Vaccine operations Central Provinces 1886-1899 - 1886-1899
Year: 1886
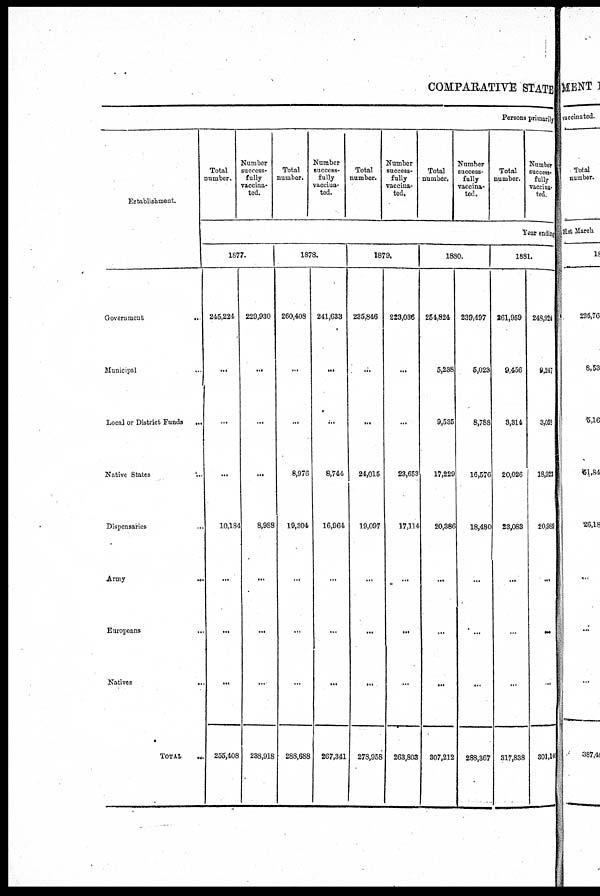
COMPARATIVE STATE
Persons primarily
Establishment.
Government
...
Municipal ...
Local or District Funds
...
Native States ...
Dispensaries
...
Army
...
Europeans
...
Natives
...
TOTAL
...
Total
number.
Number
success-
fully
vaccina-
ted.
Total
number.
Number
success-
fully
vaccina-
ted.
Total
number.
Number
success-
fully
vaccina-
ted.
Total
number.
Number
success-
fully
vaccina-
ted.
Total
number.
Number
success-
fully
vaccina-
ted.
Year ending
1877.
245,224
...
...
...
10,184
...
...
...
255,408
229,930
...
...
...
8,988
...
...
...
238,918
1878.
260,408
...
...
8,976
19,304
...
...
...
288,688
241,633
...
...
8,744
16,964
...
...
...
267,341
1879.
235,846
...
...
24,015
19,097
...
...
...
278,958
223,036
...
...
23,653
17,114
...
...
...
263,803
1880.
254,824
5,238
9,535
17,229
20,386
...
...
...
307,212
239,497
5,023
8,788
16,576
18,480
...
...
...
288,367
1881.
261,959
9,456
3,314
20,026
23,083
...
...
...
317,838
248,924
9,247
3,053
18,922
20,989
...
...
...
301,140